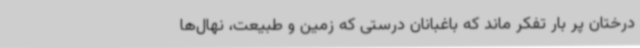
درختان پر بار تفکر ماند که باغبانان درستی که زمین و طبیعت، نهال‌ها